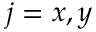
j = x , y